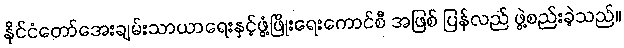
နိုင်ငံတော်အေးချမ်းသာယာရေးနှင့်ဖွံ့ဖြိုးရေးကောင်စီ အဖြစ် ပြန်လည် ဖွဲ့စည်းခဲ့သည်။